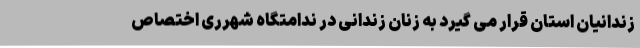
زندانیان استان قرار می گیرد به زنان زندانی در ندامتگاه شهرری اختصاص